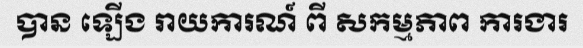
បាន ឡើង រាយការណ៍ ពី សកម្មភាព ការងារ